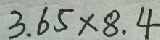
3 . 6 5 \times 8 . 4